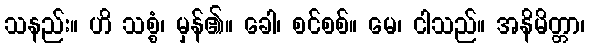
သနည်း။ ဟိ သစ္စံ၊ မှန်၏။ ခေါ၊ စင်စစ်။ မေ၊ ငါသည်။ အနိမိတ္တာ၊